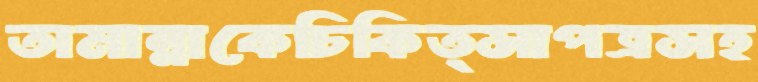
তামান্নাকেচিকিত্সাপত্রসহ